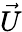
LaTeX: \vec{U}